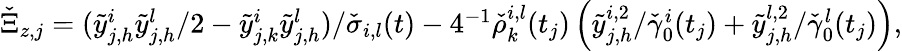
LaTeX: \begin{array}{r}{\check{\Xi}_{z,j}=(\tilde{y}_{j,h}^{i}\tilde{y}_{j,h}^{l}/2-\tilde{y}_{j,k}^{i}\tilde{y}_{j,h}^{l})/\check{\sigma}_{i,l}(t)-4^{-1}\check{\rho}_{k}^{i,l}(t_{j})\left(\tilde{y}_{j,h}^{i,2}/\check{\gamma}_{0}^{i}(t_{j})+\tilde{y}_{j,h}^{l,2}/\check{\gamma}_{0}^{l}(t_{j})\right),}\end{array}